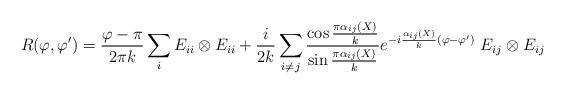
LaTeX: \begin{align*}R(\varphi,\varphi')=\frac{\varphi-\pi}{2\pi k}\sum_{i}E_{ii}\otimes E_{ii}+\frac{i}{2k}\sum_{i\neq j}\frac{\cos{\frac{\pi\alpha_{ij}(X)}{k}}}{\sin{\frac{\pi\alpha_{ij}(X)}{k}}}e^{-i\frac{\alpha_{ij}(X)}{k}(\varphi-\varphi')}~E_{ij}\otimes E_{ij}\end{align*}